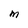
Character: M